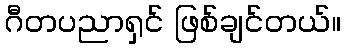
ဂီတပညာရှင် ဖြစ်ချင်တယ်။